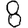
Digit: 8